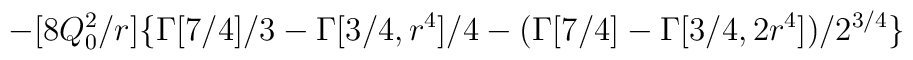
-[8Q_0^2/r] \{ \Gamma[7/4]/3 -  \Gamma [3/4, r^4] /4- ( \Gamma[7/4] -  \Gamma [3/4, 2r^4])/2^{3/4} \}